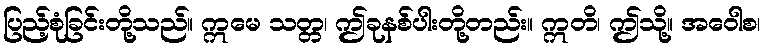
ပြည့်စုံခြင်းတို့သည်။ ဣမေ သတ္တ၊ ဤခုနစ်ပါးတို့တည်း။ ဣတိ၊ ဤသို့။ အဝေါစ၊